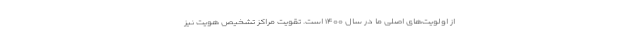
از اولویت‌های اصلی ما در سال ۱۴۰۰ است. تقویت مراکز تشخیص هویت نیز